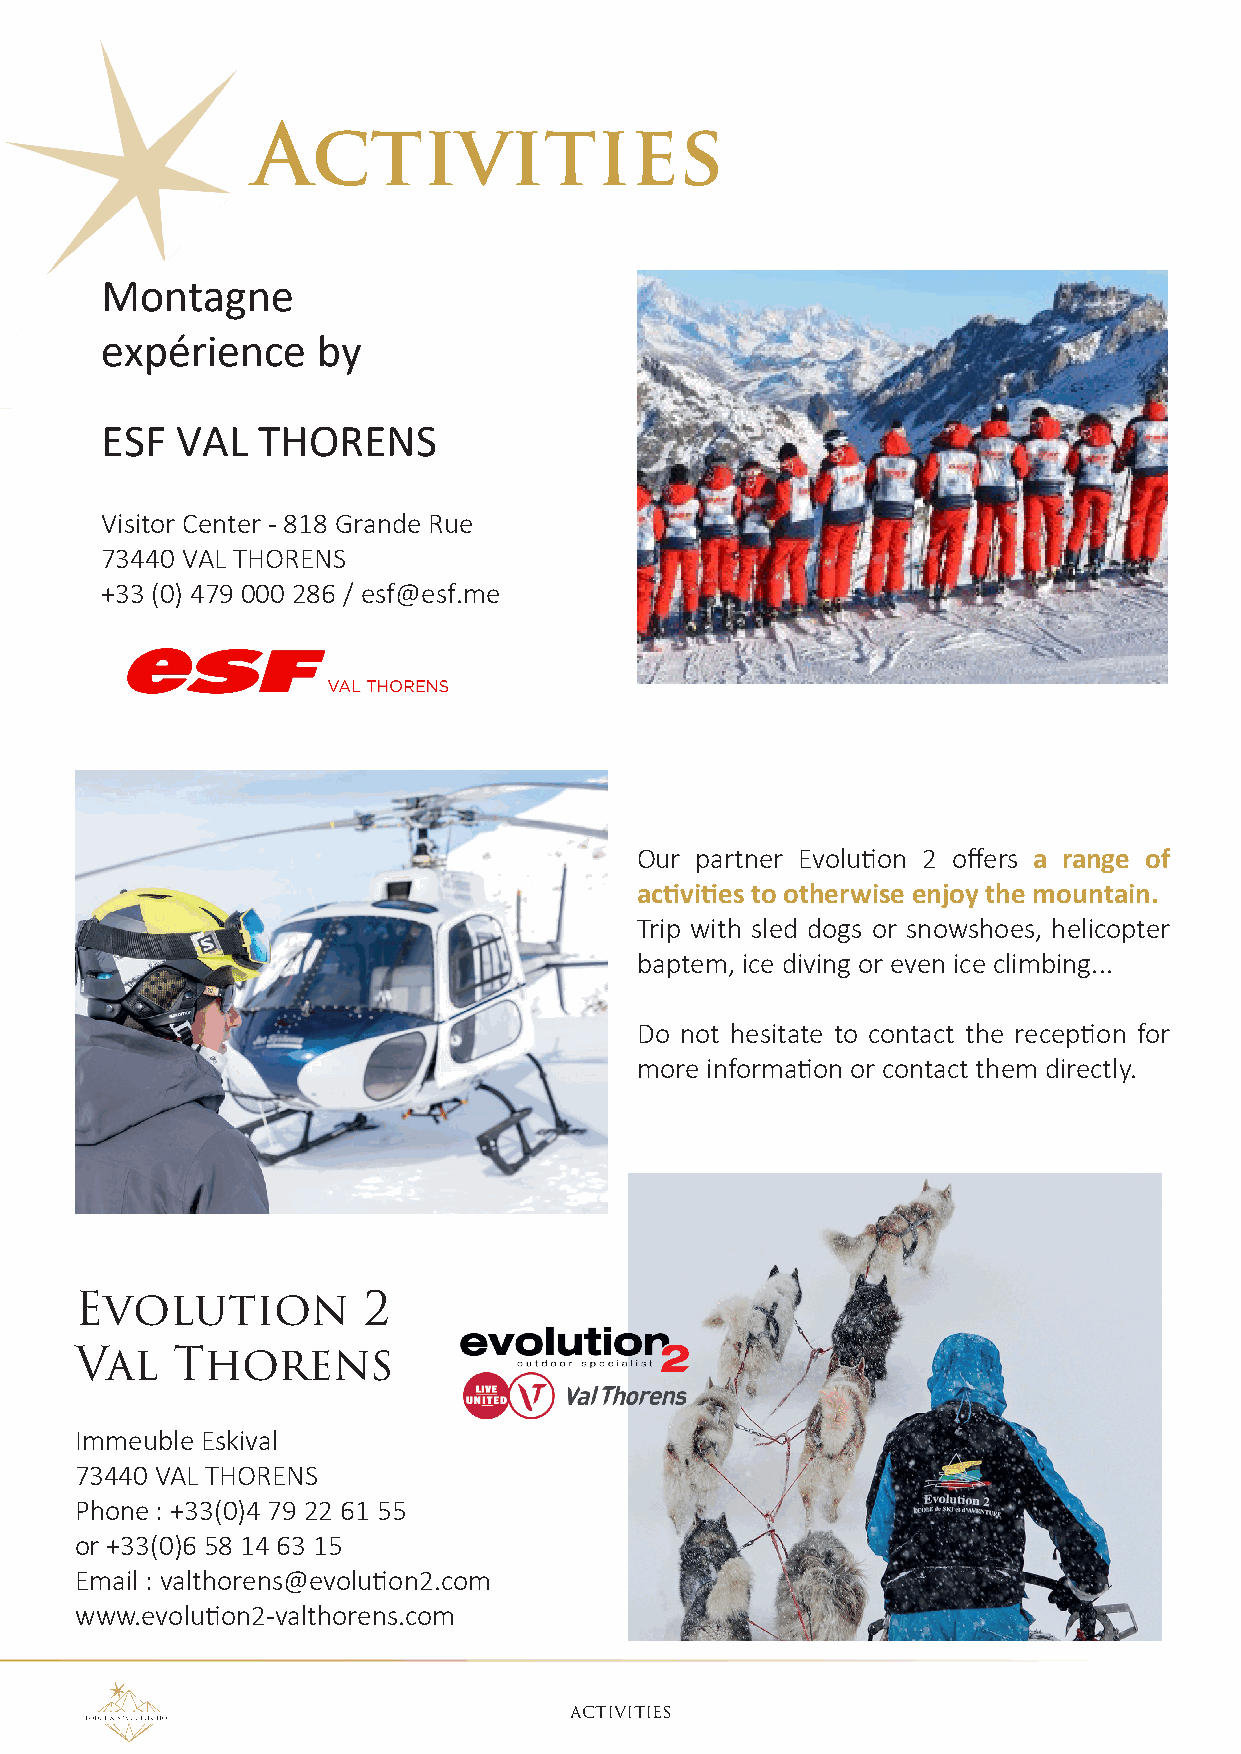
Activities
 Montagne
 expérience    by
 ESF  VAL  THORENS
 Visitor Center - 818 Grande Rue
 73440 VAL THORENS
 +33 (0) 479 000 286 / esf@esf.me
 Our partner Evolution 2 offers a range of
 activities to otherwise enjoy the mountain.
 Trip with sled dogs or snowshoes, helicopter
 baptem, ice diving or even ice climbing...
 Do not hesitate to contact the reception for
 more information or contact them directly.
 Evolution          2
 Val   Thorens
 Immeuble Eskival
 73440 VAL THORENS
 Phone : +33(0)4 79 22 61 55
 or +33(0)6 58 14 63 15
 Email : valthorens@evolution2.com
 www.evolution2-valthorens.com
 AcTIvITIES